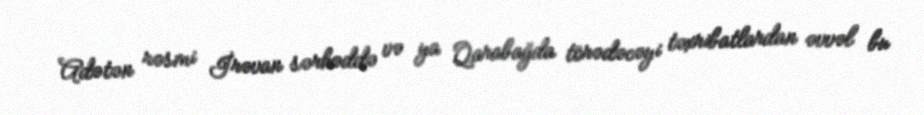
Adətən rəsmi İrəvan sərhəddə və ya Qarabağda törədəcəyi təxribatlardan əvvəl bu